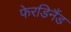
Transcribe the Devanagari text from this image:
फेरडिनैंड